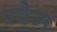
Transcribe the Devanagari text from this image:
ग्वैम